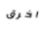
اخرق